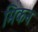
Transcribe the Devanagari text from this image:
मिकन